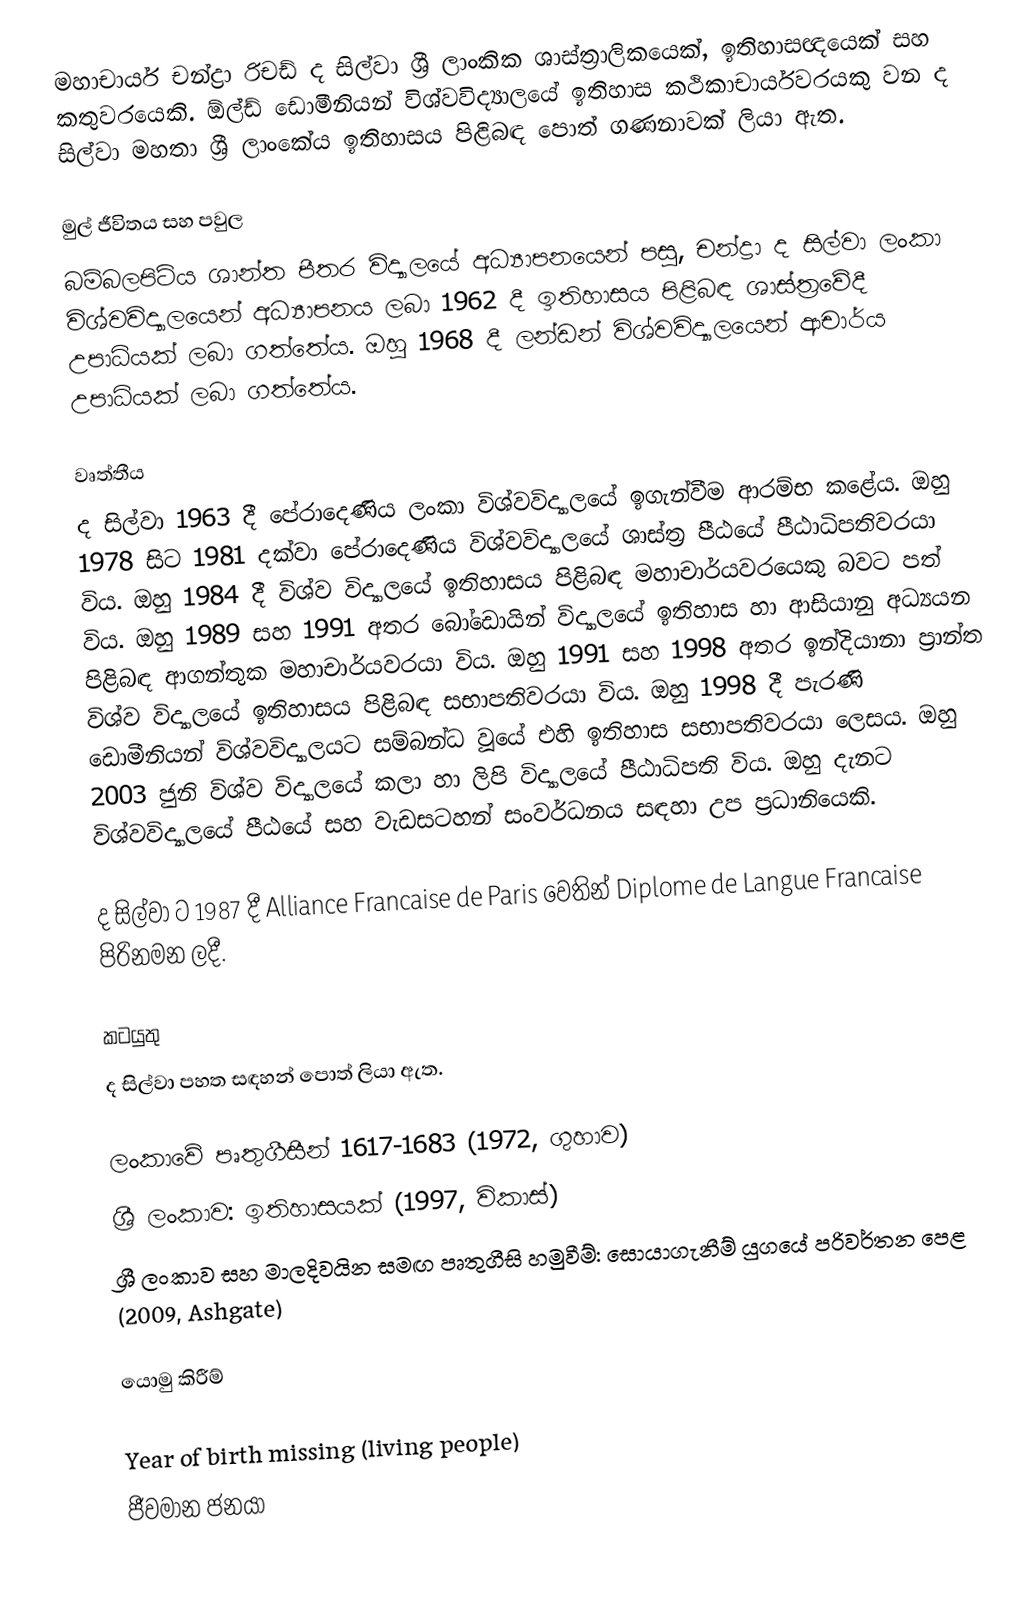
මහාචාර්ය චන්ද්‍රා රිචඩ් ද සිල්වා ශ්‍රී ලාංකික ශාස්ත්‍රාලිකයෙක්, ඉතිහාසඥයෙක් සහ කතුවරයෙකි. ඕල්ඩ් ඩොමීනියන් විශ්වවිද්‍යාලයේ ඉතිහාස කථිකාචාර්යවරයකු වන ද සිල්වා මහතා ශ්‍රී ලාංකේය ඉතිහාසය පිළිබඳ පොත් ගණනාවක් ලියා ඇත.

මුල් ජීවිතය සහ පවුල
බම්බලපිටිය ශාන්ත පීතර විද්‍යාලයේ අධ්‍යාපනයෙන් පසු, චන්ද්‍රා ද සිල්වා ලංකා විශ්වවිද්‍යාලයෙන් අධ්‍යාපනය ලබා 1962 දී ඉතිහාසය පිළිබඳ ශාස්ත්‍රවේදී උපාධියක් ලබා ගත්තේය. ඔහු 1968 දී ලන්ඩන් විශ්වවිද්‍යාලයෙන් ආචාර්ය උපාධියක් ලබා ගත්තේය.

වෘත්තීය
ද සිල්වා 1963 දී පේරාදෙණිය ලංකා විශ්වවිද්‍යාලයේ ඉගැන්වීම ආරම්භ කළේය. ඔහු 1978 සිට 1981 දක්වා පේරාදෙණිය විශ්වවිද්‍යාලයේ ශාස්ත්‍ර පීඨයේ පීඨාධිපතිවරයා විය. ඔහු 1984 දී විශ්ව විද්‍යාලයේ ඉතිහාසය පිළිබඳ මහාචාර්යවරයෙකු බවට පත් විය. ඔහු 1989 සහ 1991 අතර බෝඩොයින් විද්‍යාලයේ ඉතිහාස හා ආසියානු අධ්‍යයන පිළිබඳ ආගන්තුක මහාචාර්යවරයා විය. ඔහු 1991 සහ 1998 අතර ඉන්දියානා ප්‍රාන්ත විශ්ව විද්‍යාලයේ ඉතිහාසය පිළිබඳ සභාපතිවරයා විය. ඔහු 1998 දී පැරණි ඩොමීනියන් විශ්වවිද්‍යාලයට සම්බන්ධ වූයේ එහි ඉතිහාස සභාපතිවරයා ලෙසය. ඔහු 2003 ජුනි විශ්ව විද්‍යාලයේ කලා හා ලිපි විද්‍යාලයේ පීඨාධිපති විය. ඔහු දැනට විශ්වවිද්‍යාලයේ පීඨයේ සහ වැඩසටහන් සංවර්ධනය සඳහා උප ප්‍රධානියෙකි.

ද සිල්වා ට 1987 දී Alliance Francaise de Paris වෙතින් Diplome de Langue Francaise පිරිනමන ලදී.

කටයුතු
ද සිල්වා පහත සඳහන් පොත් ලියා ඇත.

 ලංකාවේ පෘතුගීසීන් 1617-1683 (1972, ගුහාව)
 ශ්‍රී ලංකාව: ඉතිහාසයක් (1997, විකාස්)
 ශ්‍රී ලංකාව සහ මාලදිවයින සමඟ පෘතුගීසි හමුවීම්: සොයාගැනීම් යුගයේ පරිවර්තන පෙළ (2009, Ashgate)

යොමු කිරීම්

Year of birth missing (living people)
ජීවමාන ජනයා